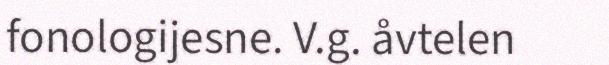
fonologijesne. V.g. åvtelen